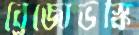
ব্রেজোভস্কি